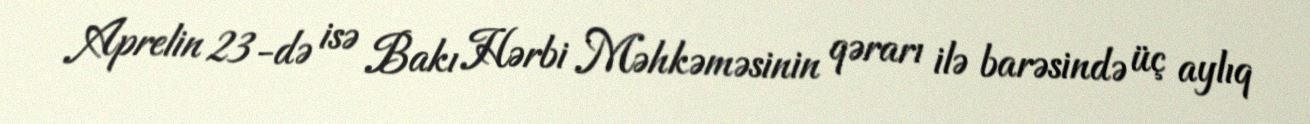
Aprelin 23-də isə Bakı Hərbi Məhkəməsinin qərarı ilə barəsində üç aylıq